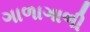
ગાળાગાળી